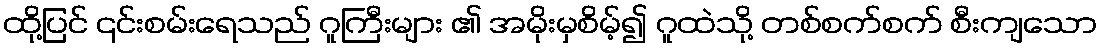
ထို့ပြင် ၎င်းစမ်းရေသည် ဂူကြီးများ ၏ အမိုးမှစိမ့်၍ ဂူထဲသို့ တစ်စက်စက် စီးကျသော